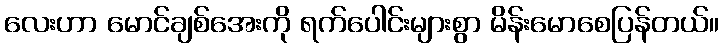
လေးဟာ မောင်ချစ်အေးကို ရက်ပေါင်းများစွာ မိန်းမောစေပြန်တယ်။